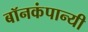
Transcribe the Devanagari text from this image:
बॉनकंपान्यी